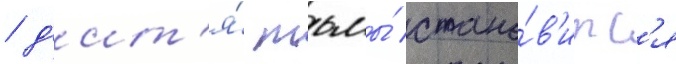
/ д'ит'я́ тьмы́ стано́в'итс'я